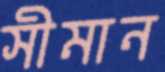
সীমান